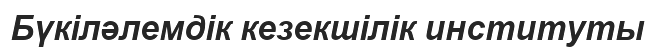
Бүкіләлемдік кезекшілік институты